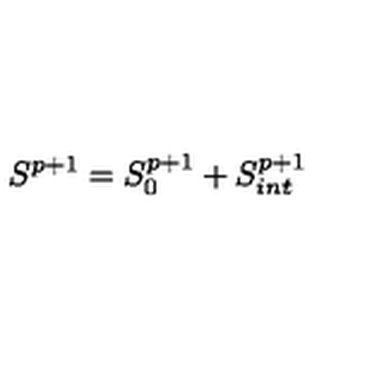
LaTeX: S ^ { p + 1 } = S _ { 0 } ^ { p + 1 } + S _ { i n t } ^ { p + 1 }